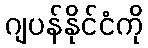
ဂျပန်နိုင်ငံကို